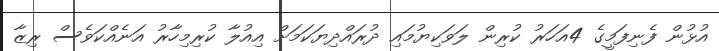
އުޅުން ފެނިފަމީގެ 4އަހަރު ކުރިން ލަވަކިޔުމައި ދުރައްދިޔަކަމަށް އިއުލާ ކުރިމިހާރު އަނެއްކަވެސް ރިޒާ